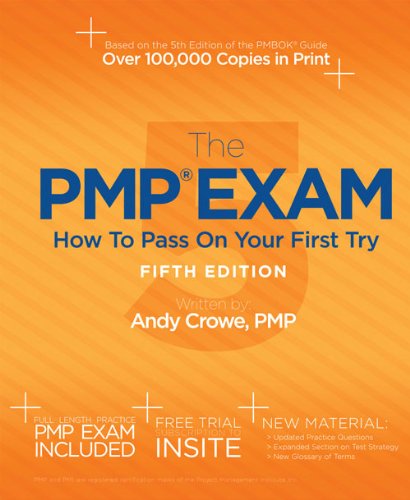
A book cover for The PMP Exam: How to Pass on Your First Try, Fifth Edition; Andy Crowe PMP  PgMP; Test Preparation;